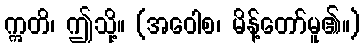
ဣတိ၊ ဤသို့။ (အဝေါစ၊ မိန့်တော်မူ၏။)